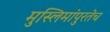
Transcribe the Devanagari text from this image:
मुस्लिमांपुरतेच